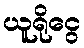
ယူရိုငွေ